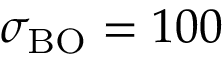
\sigma _ { \mathrm { B O } } = 1 0 0 \